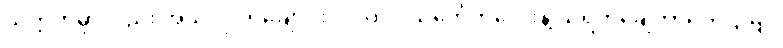
သက္ကတမှာလည်း အဲသလို တချောင်းငင်လိုလို သင်္ကေတလေးနဲ့ သရကိုချေတာရှိတယ်ဗျ။